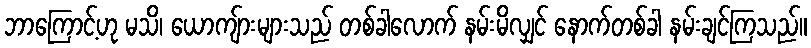
ဘာကြောင့်ဟု မသိ၊ ယောကျ်ားများသည် တစ်ခါလောက် နမ်းမိလျှင် နောက်တစ်ခါ နမ်းချင်ကြသည်။